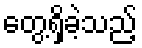
တွေ့ရှိခဲ့သည့်